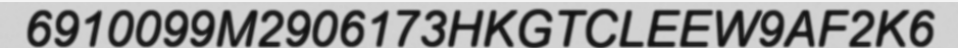
6910099M2906173HKGTCLEEW9AF2K6